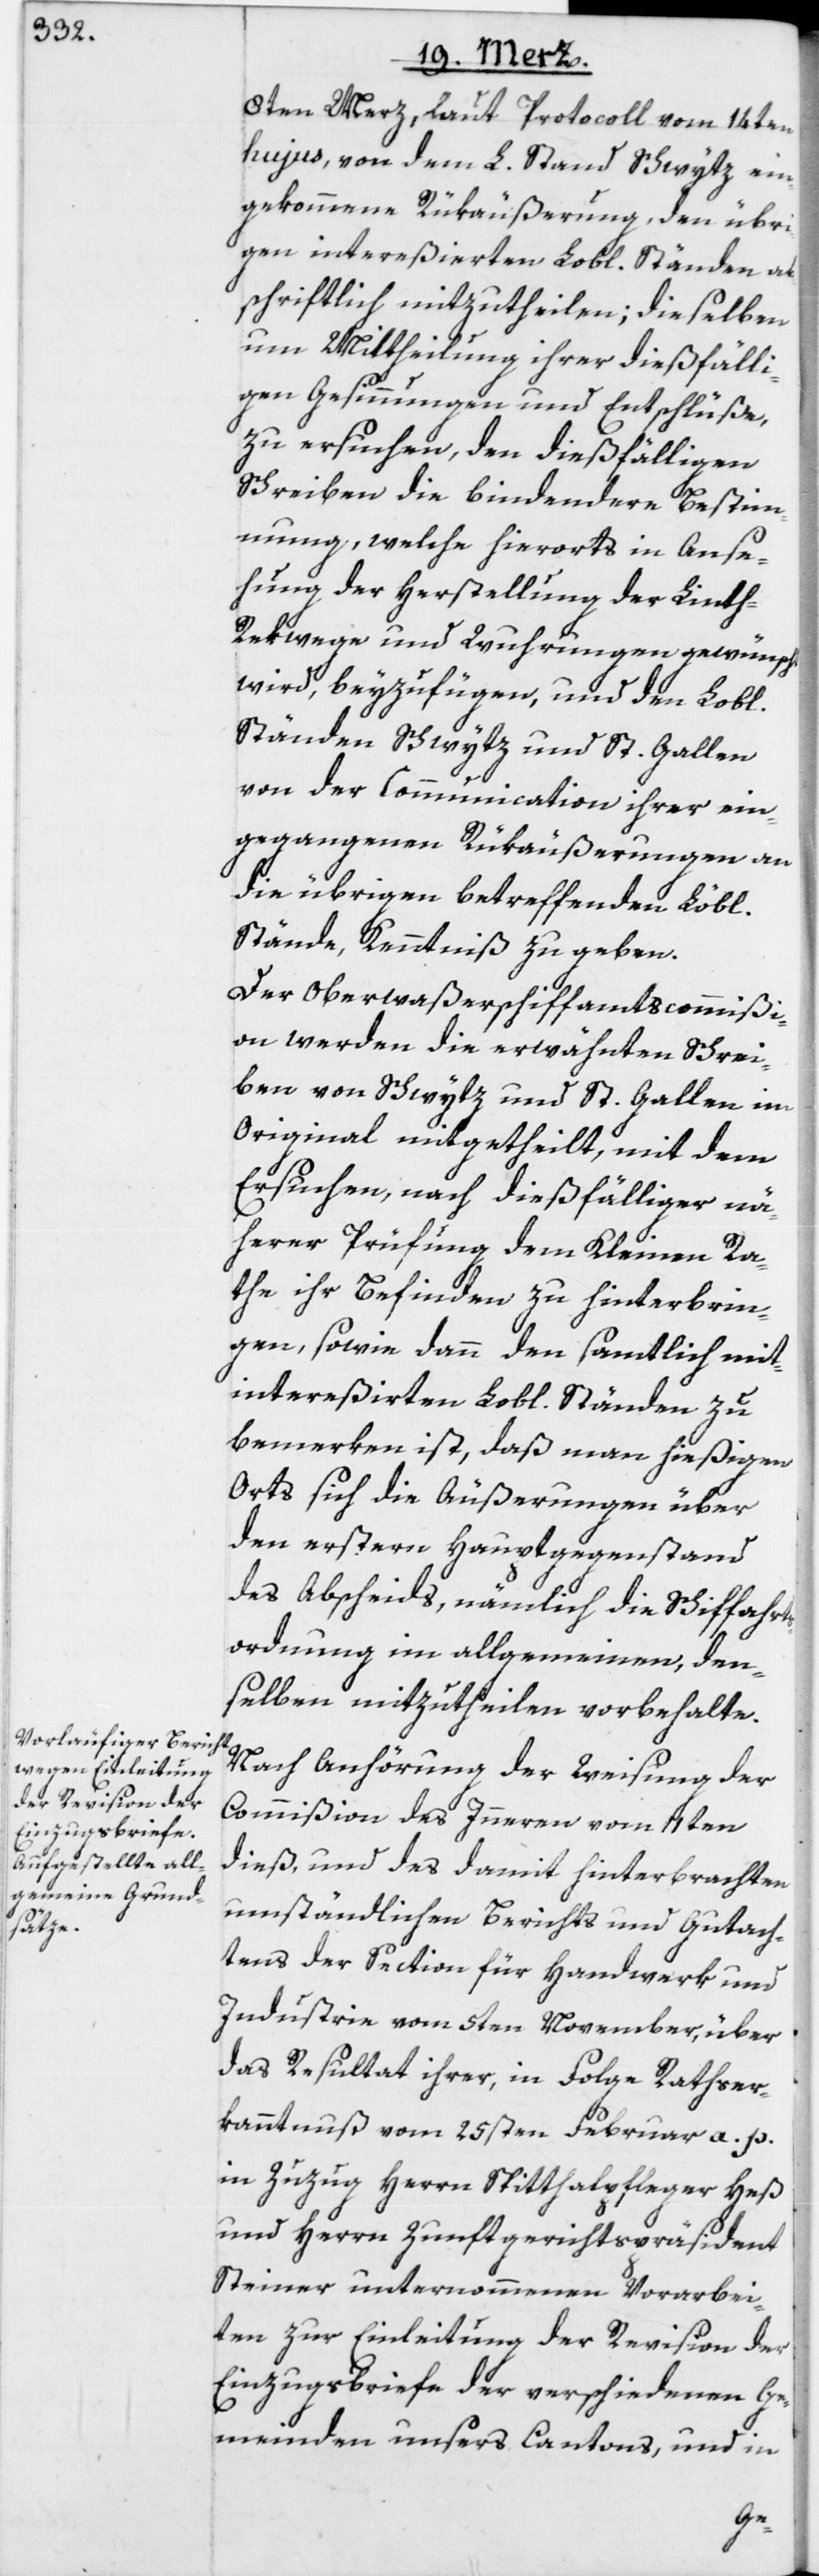
8ten Merz, laut Protocoll vom 14ten
hujus, von dem L. Stand Schwytz ein¬
gekommene Rükäußerung, den übri¬
gen intereßierten Lobl. Ständen ab¬
schriftlich mitzutheilen; dieselben
um Mittheilung ihrer dießfälli¬
gen Gesinnungen und Entschlüße,
zu ersuchen, den dießfälligen
Schreiben die bindendere Bestim¬
mung, welche hierorts in Anse¬
hung der Herstellung der Linth-R¬
ekwege und Wuhrungen gewünscht
wird, beyzufügen, und den Lobl.
Ständen Schwytz und St. Gallen
von der Communication ihrer ein¬
gegangenen Rükäußerungen an
die übrigen betreffenden Löbl.
Stände, Kenntniß zu geben.
Der Oberwaßerschiffamtscommißi¬
on werden die erwähnten Schrei¬
ben von Schwytz und St. Gallen im
Original mitgetheilt, mit dem
Ersuchen, nach dießfälliger nä¬
herer Prüfung dem Kleinen Ra¬
the ihr Befinden zu hinterbrin¬
gen, sowie dann den samtlich mit¬
intereßierten Lobl. Ständen zu
bemerken ist, daß man hießigen
Orts sich die Äußerungen über
den erstern Hauptgegenstand
des Abscheids, nämlich die Schiffahrts¬
ordnung im allgemeinen, den¬
selben mitzutheilen vorbehalte.
Nach Anhörung der Weisung der
Commißion des Inneren vom 11ten
dieß, und des damit hinterbrachten
umständlichen Berichts und Gutach¬
tens der Section für Handwerk und
Industrie vom 5ten November, über
das Resultat ihrer, in Folge Rathser¬
kanntnuß vom 25sten Februar a. p.
in Zuzug Herrn Spitthalpfleger Heß
und Herrn Zunftgerichtspräsident
Steiner unternommenen Vorarbei¬
ten zur Einleitung der Revision der
Einzugsbriefe der verschiedenen Ge¬
meinden unsers Cantons, und in